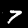
Digit: 7